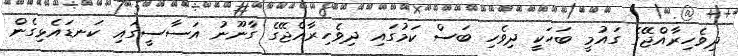
ދިވެހިރާއްޖޭގެ ގައުމީ ބަހަކީ ދިވެހި ބަސް ކަމުގައި ދިވެހިރާއްޖޭގެ ގާނޫނު އަސާސީގައި ކަނޑައެޅިގެން